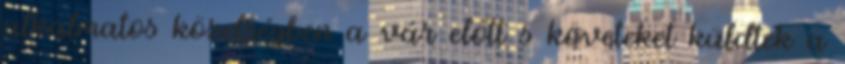
alkalmatos közelségben a vár előtt s követeket küldtek a